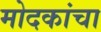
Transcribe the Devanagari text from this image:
मोदकांचा